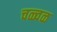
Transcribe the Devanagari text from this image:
चळ्वळ